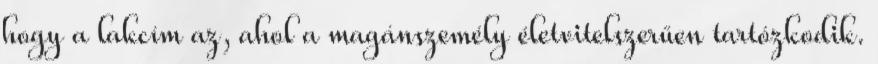
hogy a lakcím az, ahol a magánszemély életvitelszerűen tartózkodik.